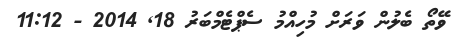
ވޭތޯ ބެލުން ވަރަށް މުހިއްމު ސެޕްޓެމްބަރު 18